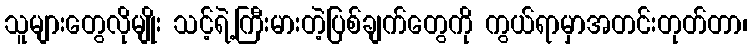
သူများတွေလိုမျိုး သင့်ရဲ့ကြီးမားတဲ့ပြစ်ချက်တွေကို ကွယ်ရာမှာအတင်းတုတ်တာ၊